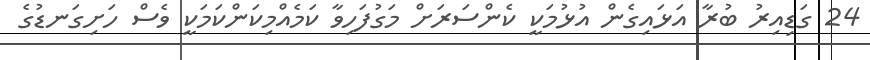
24 ގަޑިއިރު ބުރާ އަޅައިގެން އުޅުމަކީ ކެންސަރަށް މަގުފަހިވާ ކަމެއްމިކަންކަމަކީ ވެސް ހަށިގަނޑުގެ